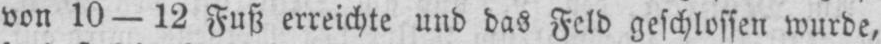
von 10-12 Fuß erreichte und das Feld geschlossen wurde,